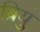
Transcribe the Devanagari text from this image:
ब्रियु